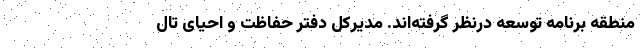
منطقه برنامه توسعه درنظر گرفته‌اند. مدیرکل دفتر حفاظت و احیای تال